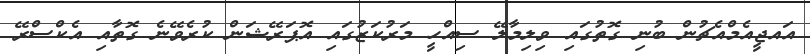
އައޖީއެމްއެޗުން ބުނި ގޮތުގައި ވިލިމާލޭ ސިއްހީ މަރުކަޒުގައި އޮޕަރޭޝަން ކުރެވޭނެ ގޮތާއި އެކްސްރޭ